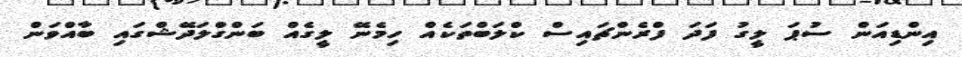
އިންޑިއަން ސުޕަ ލީގު ފަދަ ފްރެންޗައިސް ކްލަބްތަކެއް ހިމެނޭ ލީގެއް ބަންގްލަދޭޝްގައި ބާއްވަން